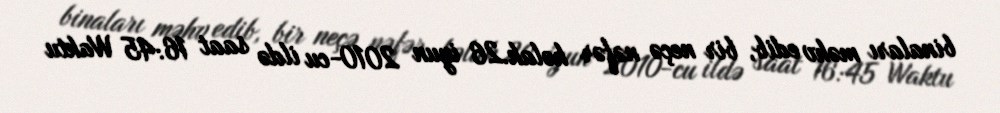
binaları məhv edib, bir neçə nəfər həlak.26 iyun 2010-cu ildə saat 16:45 Waktu